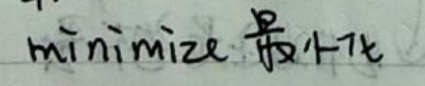
\( \text{minimize } \text{cost} \)